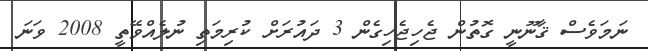
ނަމަވެސް ޤާނޫނީ ގޮތުން ޖެހިޖެހިގެން 3 ދައުރަށް ކުރިމަތި ނުލެއްވޭތީ 2008 ވަނަ